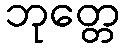
ဘုတ္တေ